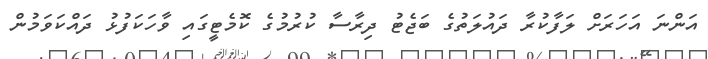
އަންނަ އަހަރަށް ލަފާކުރާ ދައުލަތުގެ ބަޖެޓު ދިރާސާ ކުރުމުގެ ކޮމެޓީގައި ވާހަކަފުޅު ދައްކަވަމުން